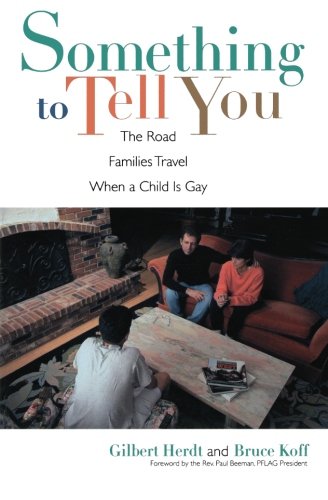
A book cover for Something to Tell You; Gilbert Herdt; Gay & Lesbian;